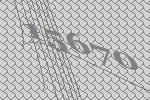
15670